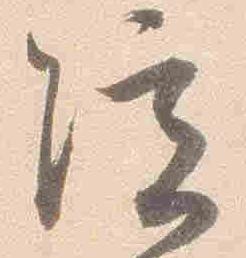
院